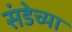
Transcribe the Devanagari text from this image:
संडेच्या